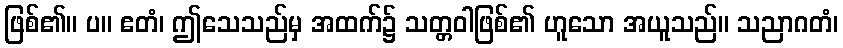
ဖြစ်၏။ ပ။ ဧတံ၊ ဤသေသည်မှ အထက်၌ သတ္တဝါဖြစ်၏ ဟူသော အယူသည်။ သညာဂတံ၊